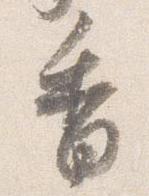
香